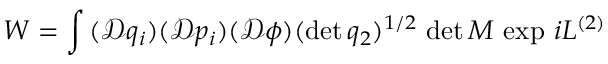
W = \int \, ( \mathcal { D } q _ { i } ) ( \mathcal { D } p _ { i } ) ( \mathcal { D } \phi ) ( \operatorname * { d e t } q _ { 2 } ) ^ { 1 / 2 } \, \operatorname * { d e t } M \, \exp \, i L ^ { ( 2 ) }